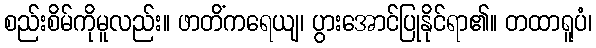
စည်းစိမ်ကိုမူလည်း။ ဖာတိံကရေယျ၊ ပွားအောင်ပြုနိုင်ရာ၏။ တထာရူပံ၊